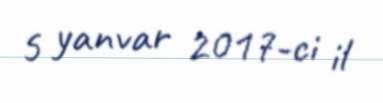
5 yanvar 2017-ci il